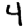
Digit: 4